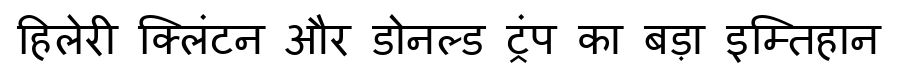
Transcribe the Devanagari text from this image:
हिलेरी क्लिंटन और डोनल्ड ट्रंप का बड़ा इम्तिहान